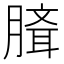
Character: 𰯉